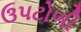
ઉપટોળી